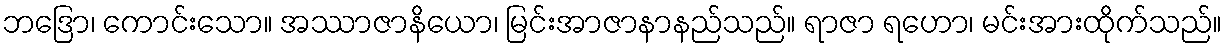
ဘဒြော၊ ကောင်းသော။ အဿာဇာနိယော၊ မြင်းအာဇာနာနည်သည်။ ရာဇာ ရဟော၊ မင်းအားထိုက်သည်။